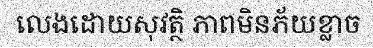
លេងដោយសុវត្ថិ ភាពមិនភ័យខ្លាច